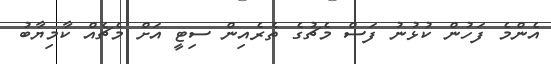
އެންމެ ފަހުން ކުޅުނު ފަސް މެޗުގެ ތެރެއިން ސިޓީ އަށް މެޗެއް ކާމިޔާބު